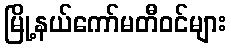
မြို့နယ်ကော်မတီဝင်များ